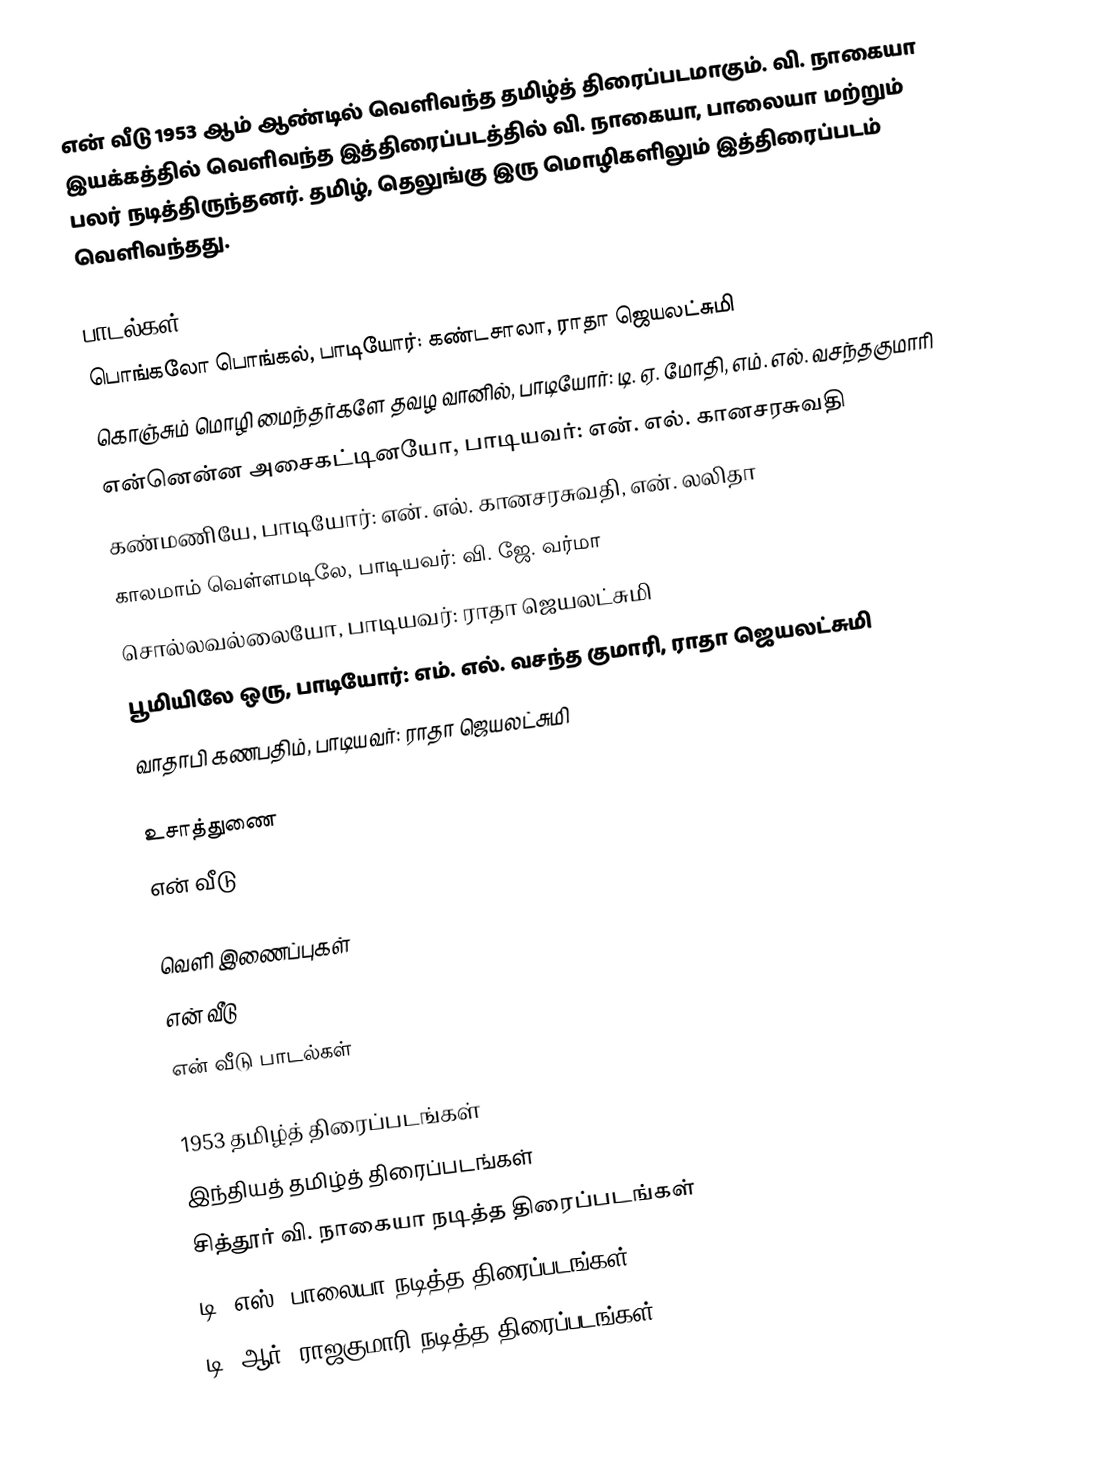
என் வீடு 1953 ஆம் ஆண்டில் வெளிவந்த தமிழ்த் திரைப்படமாகும். வி. நாகையா இயக்கத்தில் வெளிவந்த இத்திரைப்படத்தில் வி. நாகையா, பாலையா மற்றும் பலர் நடித்திருந்தனர். தமிழ், தெலுங்கு இரு மொழிகளிலும் இத்திரைப்படம் வெளிவந்தது.

பாடல்கள்
பொங்கலோ பொங்கல், பாடியோர்: கண்டசாலா, ராதா ஜெயலட்சுமி
கொஞ்சும் மொழி மைந்தர்களே தவழ வானில், பாடியோர்: டி. ஏ. மோதி, எம். எல். வசந்தகுமாரி
என்னென்ன அசைகட்டினயோ, பாடியவர்: என். எல். கானசரசுவதி
கண்மணியே, பாடியோர்: என். எல். கானசரசுவதி, என். லலிதா
காலமாம் வெள்ளமடிலே, பாடியவர்: வி. ஜே. வர்மா
சொல்லவல்லையோ, பாடியவர்: ராதா ஜெயலட்சுமி
பூமியிலே ஒரு, பாடியோர்: எம். எல். வசந்த குமாரி, ராதா ஜெயலட்சுமி
வாதாபி கணபதிம், பாடியவர்: ராதா ஜெயலட்சுமி

உசாத்துணை
 என் வீடு

வெளி இணைப்புகள்
 என் வீடு
 என் வீடு பாடல்கள்

1953 தமிழ்த் திரைப்படங்கள்
இந்தியத் தமிழ்த் திரைப்படங்கள்
சித்தூர் வி. நாகையா நடித்த திரைப்படங்கள்
டி. எஸ். பாலையா நடித்த திரைப்படங்கள்
டி. ஆர். ராஜகுமாரி நடித்த திரைப்படங்கள்